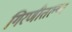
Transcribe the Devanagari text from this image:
गिरणीतल्या